Medical and sanitary report of the native army of Bengal for the year
Year: 1874
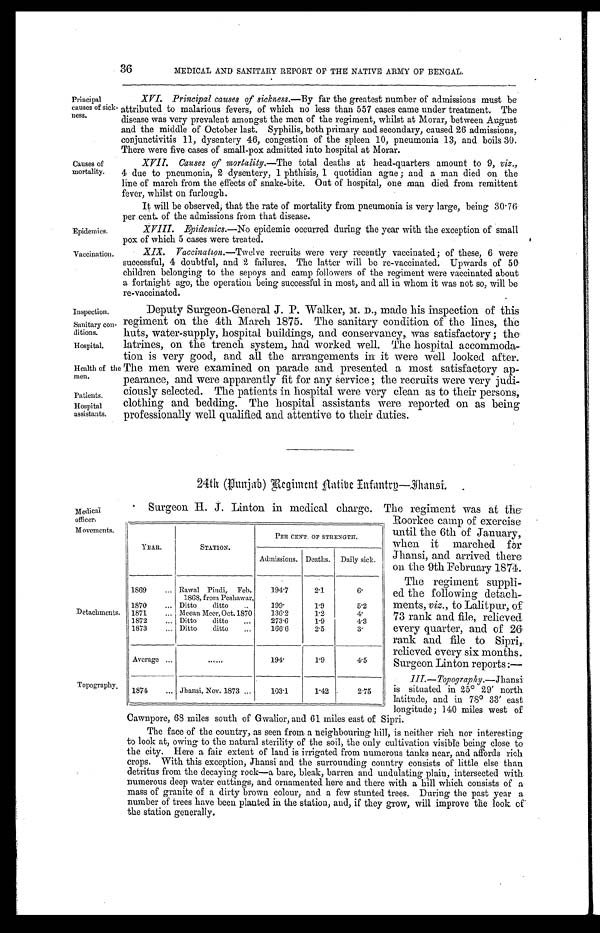
Epidemics.
Vaccination.
Inspection.
Sanitary con
-ditions.
Hospital.
Health of the
men.
Patients.
Hospital
36
MEDICAL AND SANITARY REPORT OF THE NATIVE ARMY OF BENGAL.
Principal
causes of sick
-ness.
Causes of
mortality.
XVI. Principal causes of sickness.— By far the greatest number of admissions must be
attributed to malarious fevers, of which no less than 557 cases came under treatment. The
disease was very prevalent amongst the men of the regiment, whilst at Morar, between August
and the middle of October last. Syphilis, both primary and secondary, caused 26 admissions,
conjunctivitis 11, dysentery 46, congestion of the spleen 10, pneumonia 13, and boils 30.
There were five cases of small-pox admitted into hospital at Morar.
_XVII. Causes of mortality.— The total deaths at head-quarters amount to 9, viz.,
4 due to pneumonia, 2 dysentery, 1 phthisis, 1 quotidian ague; and a man died on the
line of march from the effects of snake-bite. Out of hospital, one man died from remittent
fever, whilst on furlough.
It will be observed, that the rate of mortality from pneumonia is very large, being 30.76
per cent. of the admissions from that disease.
XVIII. Epidemics.— No epidemic occurred during the year with the exception of small
nox of which 5 cases were treated.
XIX. Vaccination.— Twelve recruits were very recently vaccinated; of these, 6 were
successful, 4 doubtful, and 2 failures. The latter will be re-vaccinated. Upwards of 50
children belonging to the sepoys and camp followers of the regiment were vaccinated about
a fortnight ago, the operation being successful in most, and all in whom it was not so, will be
re-vaccinated.
Deputy Surgeon-General J. P. Walker, M. D., made his inspection of this
regiment on the 4th March 1875. The sanitary condition of the lines, the
huts, water-supply, hospital buildings, and conservancy, was satisfactory; the
latrines, on the trench system, had worked well. The hospital accommoda
-tion is very good, and all the arrangements in it were well looked after.
The men were examined on parade and presented a most satisfactory ap
-pearance, and were apparently fit for any Service; the recruits were very judi
-ciously selected. The patients in hospital were very clean as to their persons,
clothing and bedding. The hospital assistants were reported on as being
professionally well qualified and attentive to their duties.
24th (punjab) Regiment Aatibe Infantry—Jhansi.
Medical
officer.
Movements.
Detachments.
Topography.
Surgeon H. J. Linton in medical charge. The regiment was at the
Roorkee camp of exercise
until the 6th of January,
when it marched for
Jhansi, and arrived there
on the 9th February 1874.
The regiment suppli
-ed the following detach
-ments, viz., to Lalitpur, of
73 rank and file, relieved
every quarter, and of 26
rank and file to Sipri,
relieved every six months.
Surgeon Linton reports:—
Ill.—Topography.— Jhansi
is situated in 25° 29' north
latitude, and in 78° 33' east
longitude; 140 miles west of
Cawnpore, 68 miles south of Gwalior, and 61 miles east of Sipri.
The face of the country, as seen from a neighbouring hill, is neither rich nor interesting
to look at, owing to the natural sterility of the soil, the only cultivation visible being close to
the city. Here a fair extent of land is irrigated from numerous tanks near, and affords rich
crops. With this exception, Jhansi and the surrounding country consists of little else than
detritus from the decaying rock—a bare, bleak, barren and undulating plain, intersected with
numerous deep water cuttings, and ornamented here and there with a hill which consists of a
mass of granite of a dirty brown colour, and a few stunted trees. During the past year a
number of trees have been planted in the station, and, if they grow, will improve the look of
the station generally.
YEAR.
STATION.
PER CENT. OF STRENGTH.
Admissions.
-
Deaths.
Daily sick.
1869 . . . Rawal Pindi, Feb
. 1868, from Peshawar.
194.7
2.1
6 .
1870 . . . Ditto ditto . . .
199.
1.9
5.2
1871 . . . Mcean Meer, Oct. 1870
136.2
1.2
4.
1872 . . . Ditto ditto . . .
273.6
1.9
4.3
1873 . . . Ditto ditto . . .
166.6
2.5
3.
Average . . .
. . .
194.
1.9
4.5
1874 . . . Jhansi, Nov. 1873 . . .
103.1
1.42
2.75